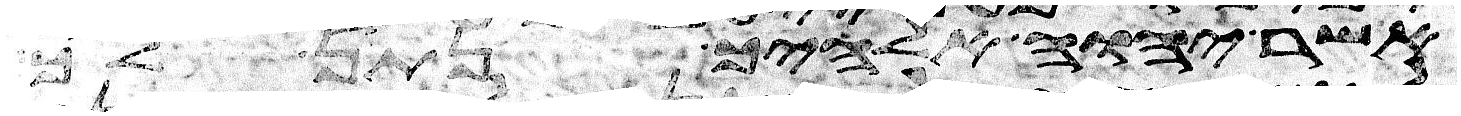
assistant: אשר יהוה אלהיך נתן לך